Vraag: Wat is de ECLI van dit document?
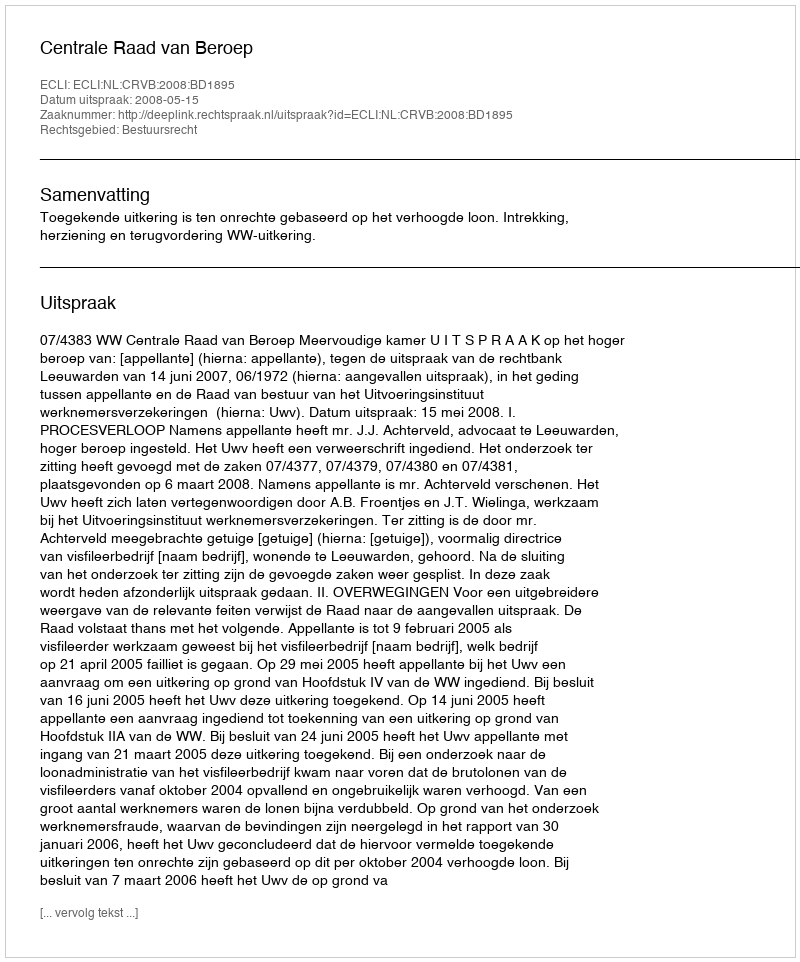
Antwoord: ECLI:NL:CRVB:2008:BD1895